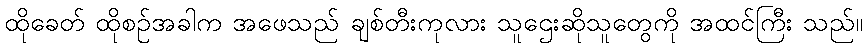
ထိုခေတ် ထိုစဉ်အခါက အဖေသည် ချစ်တီးကုလား သူဌေးဆိုသူတွေကို အထင်ကြီး သည်။